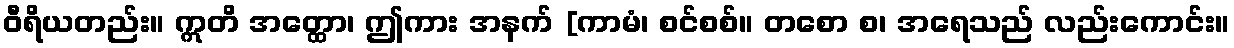
ဝီရိယတည်း။ ဣတိ အတ္ထော၊ ဤကား အနက် [ကာမံ၊ စင်စစ်။ တစော စ၊ အရေသည် လည်းကောင်း။